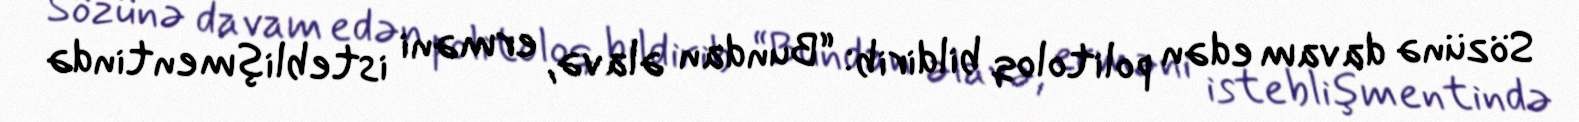
Sözünə davam edən politoloq bildirib: “Bundan əlavə, erməni isteblişmentində